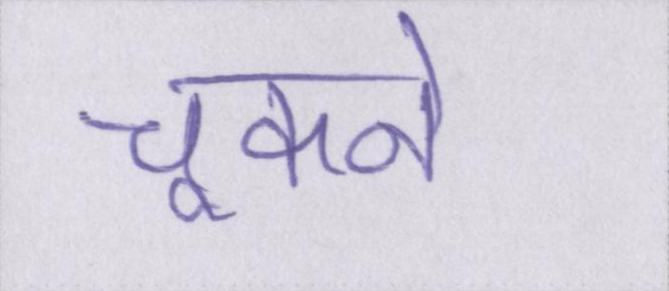
चूकने